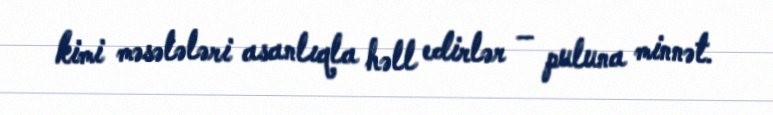
kimi məsələləri asanlıqla həll edirlər – puluna minnət.